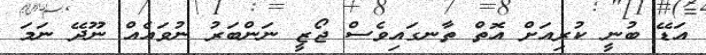
އަޑޭ ބުނީ ކުރިއަށް އޮތް ތާނގައިވެސް ޖޯޒީ ނަންބަރު ނުވައެއް ނޫދޭ ނަމަ